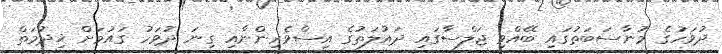
ދުވަހުގެ މުނާސަބަތުގައި ބޭއްވި ޖަލްސާގައި ދައުލަތުގެ އިސްވެރިންނާއި ގިނަ ދުވަހު ގައުމަށް ޚިދުމަތް